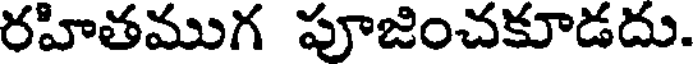
రహితముగ పూజించకూడదు.